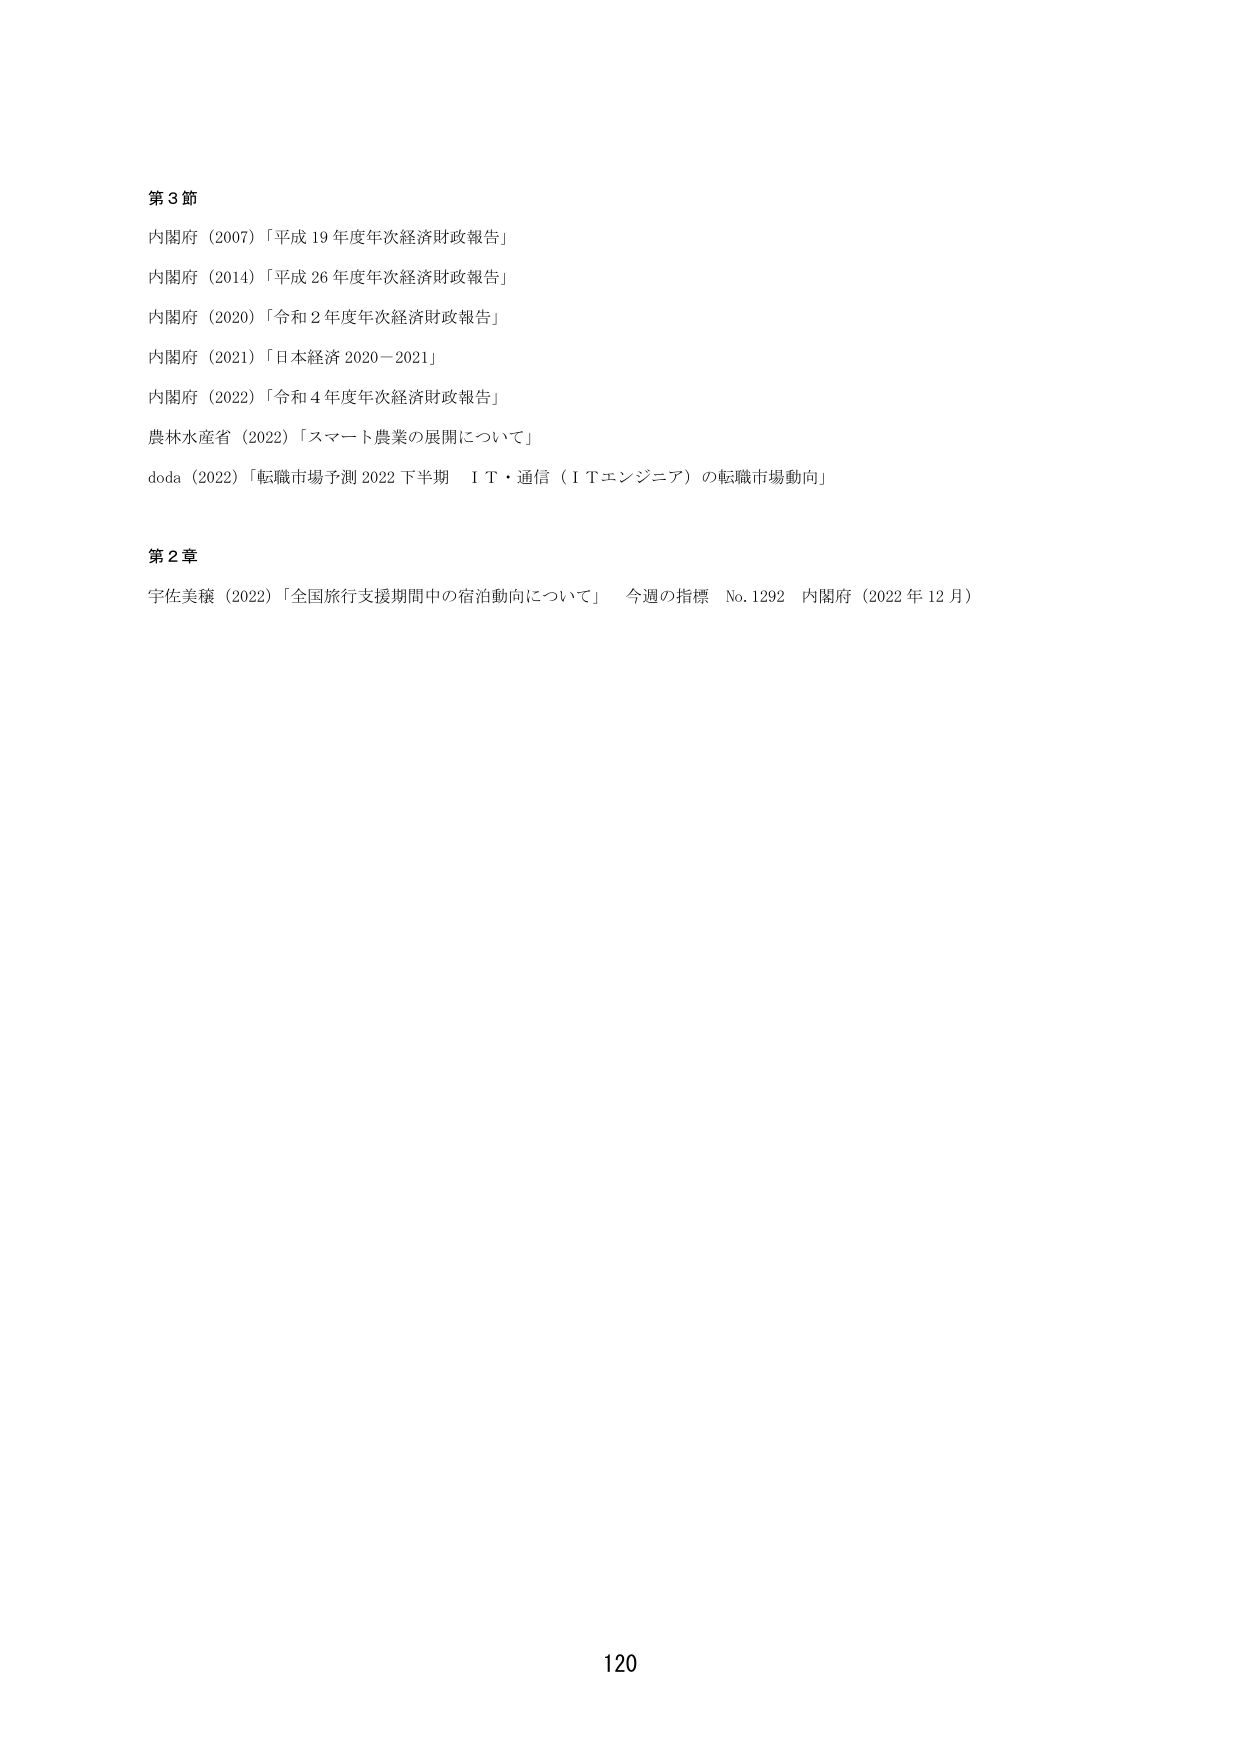
第３節
内閣府（2007）「平成19年度年次経済財政報告」
内閣府（2014）「平成26年度年次経済財政報告」
内閣府（2020）「令和2年度年次経済財政報告」
内閣府（2021）「日本経済2020－2021」
内閣府（2022）「令和4年度年次経済財政報告」
農林水産省（2022）「スマート農業の展開について」
doda（2022）「転職市場予測2022下半期　ＩＴ・通信（ＩＴエンジニア）の転職市場動向」

第２章
宇佐美穣（2022）「全国旅行支援期間中の宿泊動向について」　今週の指標　No.1292　内閣府（2022年12月）

120